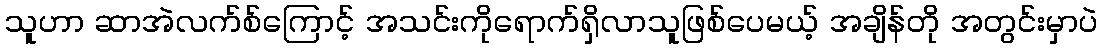
သူဟာ ဆာအဲလက်စ်ကြောင့် အသင်းကိုရောက်ရှိလာသူဖြစ်ပေမယ့် အချိန်တို အတွင်းမှာပဲ